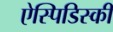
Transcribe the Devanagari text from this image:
ऐस्पिडिस्की